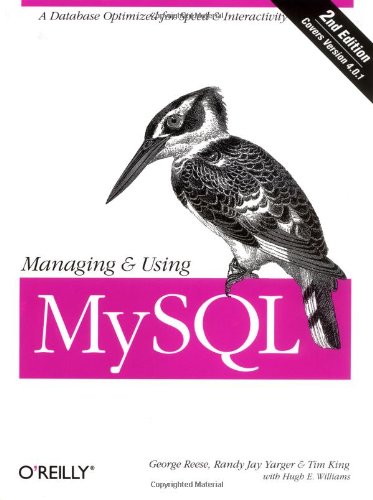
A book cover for Managing and Using MySQL (2nd Edition); Tim King; Computers & Technology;